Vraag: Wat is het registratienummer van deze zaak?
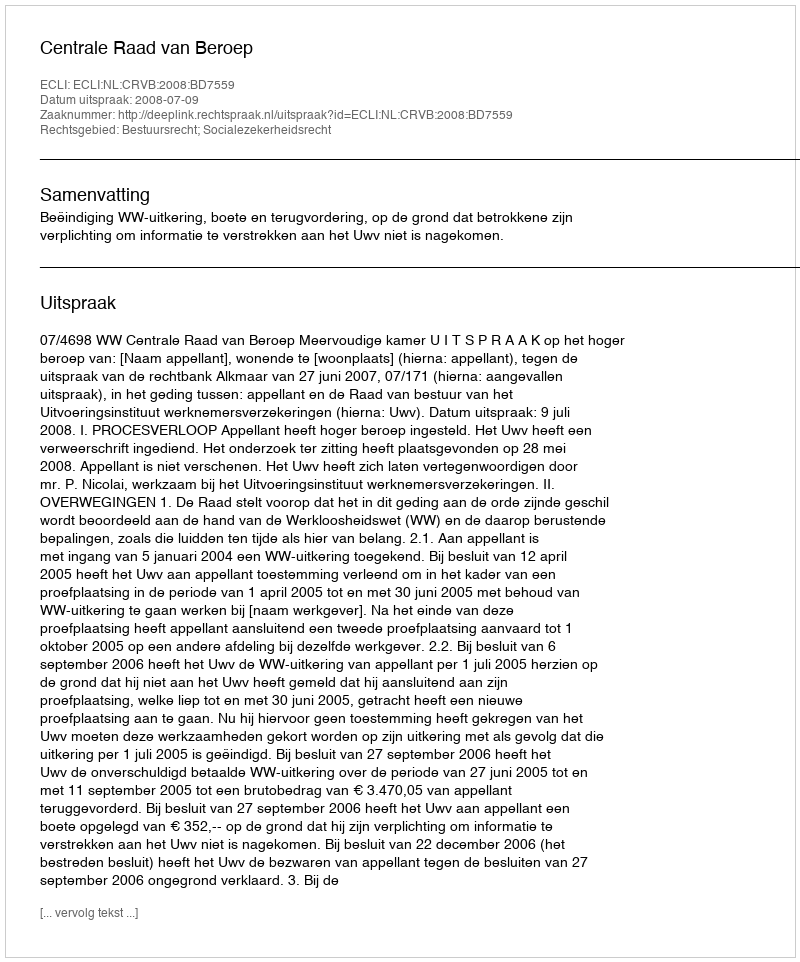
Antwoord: http://deeplink.rechtspraak.nl/uitspraak?id=ECLI:NL:CRVB:2008:BD7559